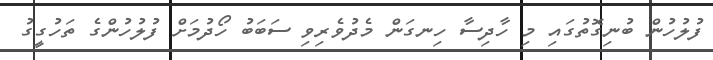
ފުލުހުން ބުނިގޮތުގައި މި ހާދިސާ ހިނގަން މެދުވެރިވި ސަބަބު ހޯދުމަށް ފުލުހުންގެ ތަހުގީގު